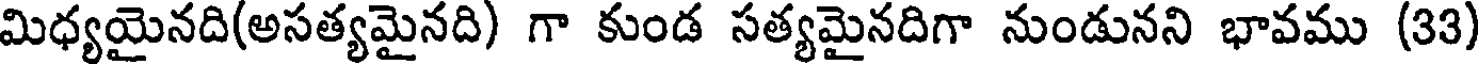
మిధ్యయైనది(అసత్యమైనది) గా కుండ సత్యమైనదిగా నుండునని భావము (33)